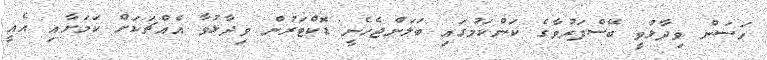
ހަސަން ވިދާޅުވީ ބޭސްފަރުވާގެ ކަންކަމުގައި ބަލަންޖެހެނީ ޑޮކްޓަރުން ވިދާޅުވާ އެއްޗަކަށް ކަމަށާއި އެއީ